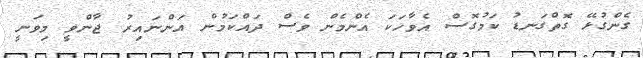
ގެންގުޅޭ ގޮތްގަނޑު ކަމުގޮސް އެވާހަކަ އެންމެން ވެސް ދައްކަމުން އަންނައިރު ޖާންވީ މިވަނީ